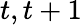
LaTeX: t,t+1